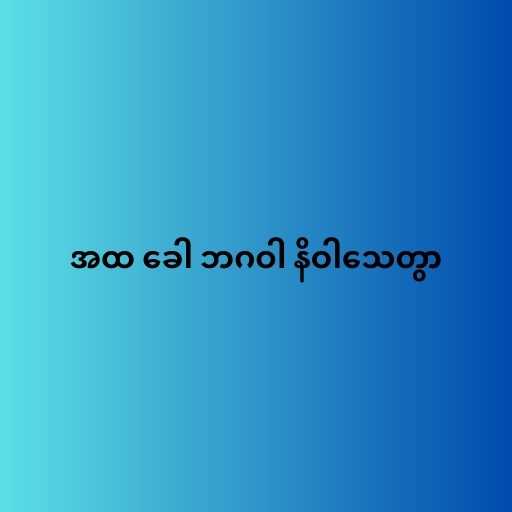
အထ ခေါ ဘဂဝါ နိဝါသေတွာ